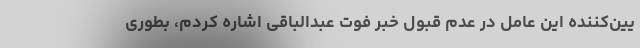
یین‌کننده این عامل در عدم قبول خبر فوت عبدالباقی اشاره کردم، بطوری